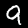
Digit: 9